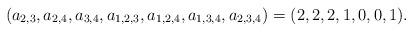
LaTeX: \begin{align*} (a_{2,3},a_{2,4},a_{3,4},a_{1,2,3},a_{1,2,4},a_{1,3,4},a_{2,3,4}) = (2,2,2,1,0,0,1). \end{align*}